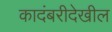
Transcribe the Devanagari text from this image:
कादंबरीदेखील